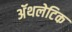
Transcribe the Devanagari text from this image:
अॅथलेटिक